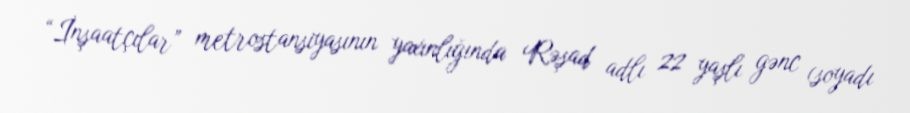
“İnşaatçılar” metrostansiyasının yaxınlığında Rəşad adlı 22 yaşlı gənc (soyadı